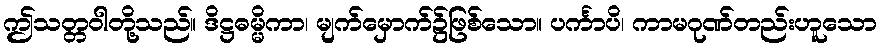
ဤသတ္တဝါတို့သည်။ ဒိဋ္ဌဓမ္မိကာ၊ မျက်မှောက်၌ဖြစ်သော။ ပင်္ကာပိ၊ ကာမဂုဏ်တည်းဟူသော